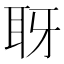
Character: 𦕆